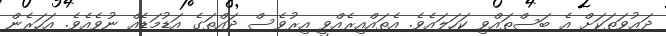
ދަޢުވަތަކަށް އެ ބަސްތައްވި ކަހަލައެވެ. އެތައްއިރެއްވީ އިރުވެސް ދައްތަގެ އަޑުމަޑެއް ނުވެއެވެ. އަހަރެން